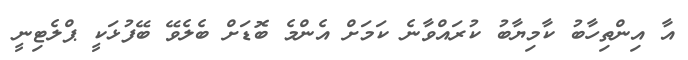
އާ އިންތިހާބު ކާމިޔާބު ކުރައްވާނެ ކަމަށް އެންމެ ބޮޑަށް ބެލެވޭ ބޭފުޅަކީ ޕްލެޓިނީ